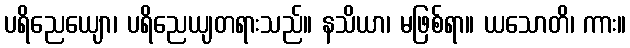
ပရိညေယျော၊ ပရိညေယျတရားသည်။ နသိယာ၊ မဖြစ်ရာ။ ယသောတိ၊ ကား။